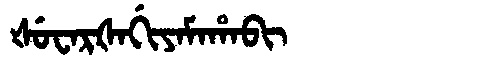
Manchu: ᡧᡠᠸᠠᡵᡧᠠᡤᡳᠶᠠᠮᠠᡥᠠᠪᡳ
Romanization: ŠUWARŠAGIYAMAHABI